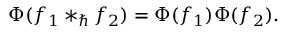
\Phi ( f _ { 1 } \ast _ { \hbar } f _ { 2 } ) = \Phi ( f _ { 1 } ) \Phi ( f _ { 2 } ) .